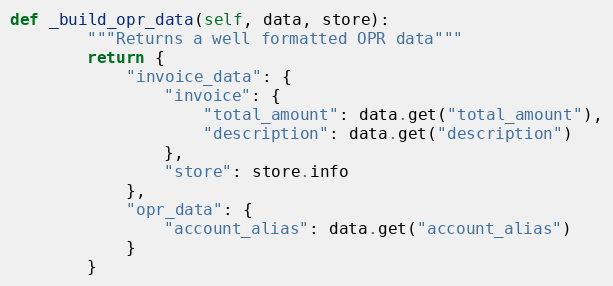
Language: Python
def _build_opr_data(self, data, store):
        """Returns a well formatted OPR data"""
        return {
            "invoice_data": {
                "invoice": {
                    "total_amount": data.get("total_amount"),
                    "description": data.get("description")
                },
                "store": store.info
            },
            "opr_data": {
                "account_alias": data.get("account_alias")
            }
        }